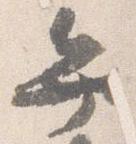
弁